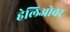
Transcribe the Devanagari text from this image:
हेलिओवर